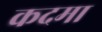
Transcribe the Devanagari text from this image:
कदमा